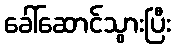
ခေါ်ဆောင်သွားပြီး